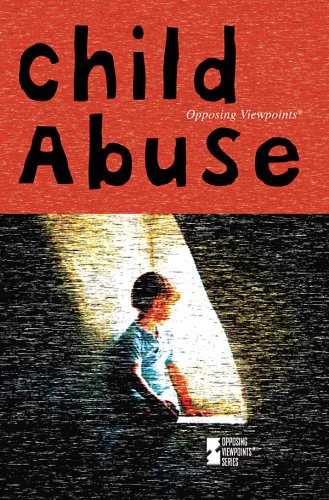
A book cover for Child Abuse (Opposing Viewpoints); Heidi Williams; Teen & Young Adult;